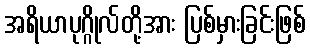
အရိယာပုဂ္ဂိုလ်တို့အား ပြစ်မှားခြင်းဖြစ်